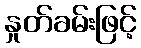
နှုတ်ခမ်းဖြင့်